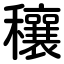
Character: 穰